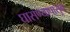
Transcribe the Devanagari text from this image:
घासण्यापासुन